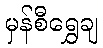
မှန်စီရွှေချ